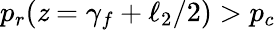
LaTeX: p_{r}(\mathit{z}=\gamma_{f}+\ell_{2}/2)>p_{c}